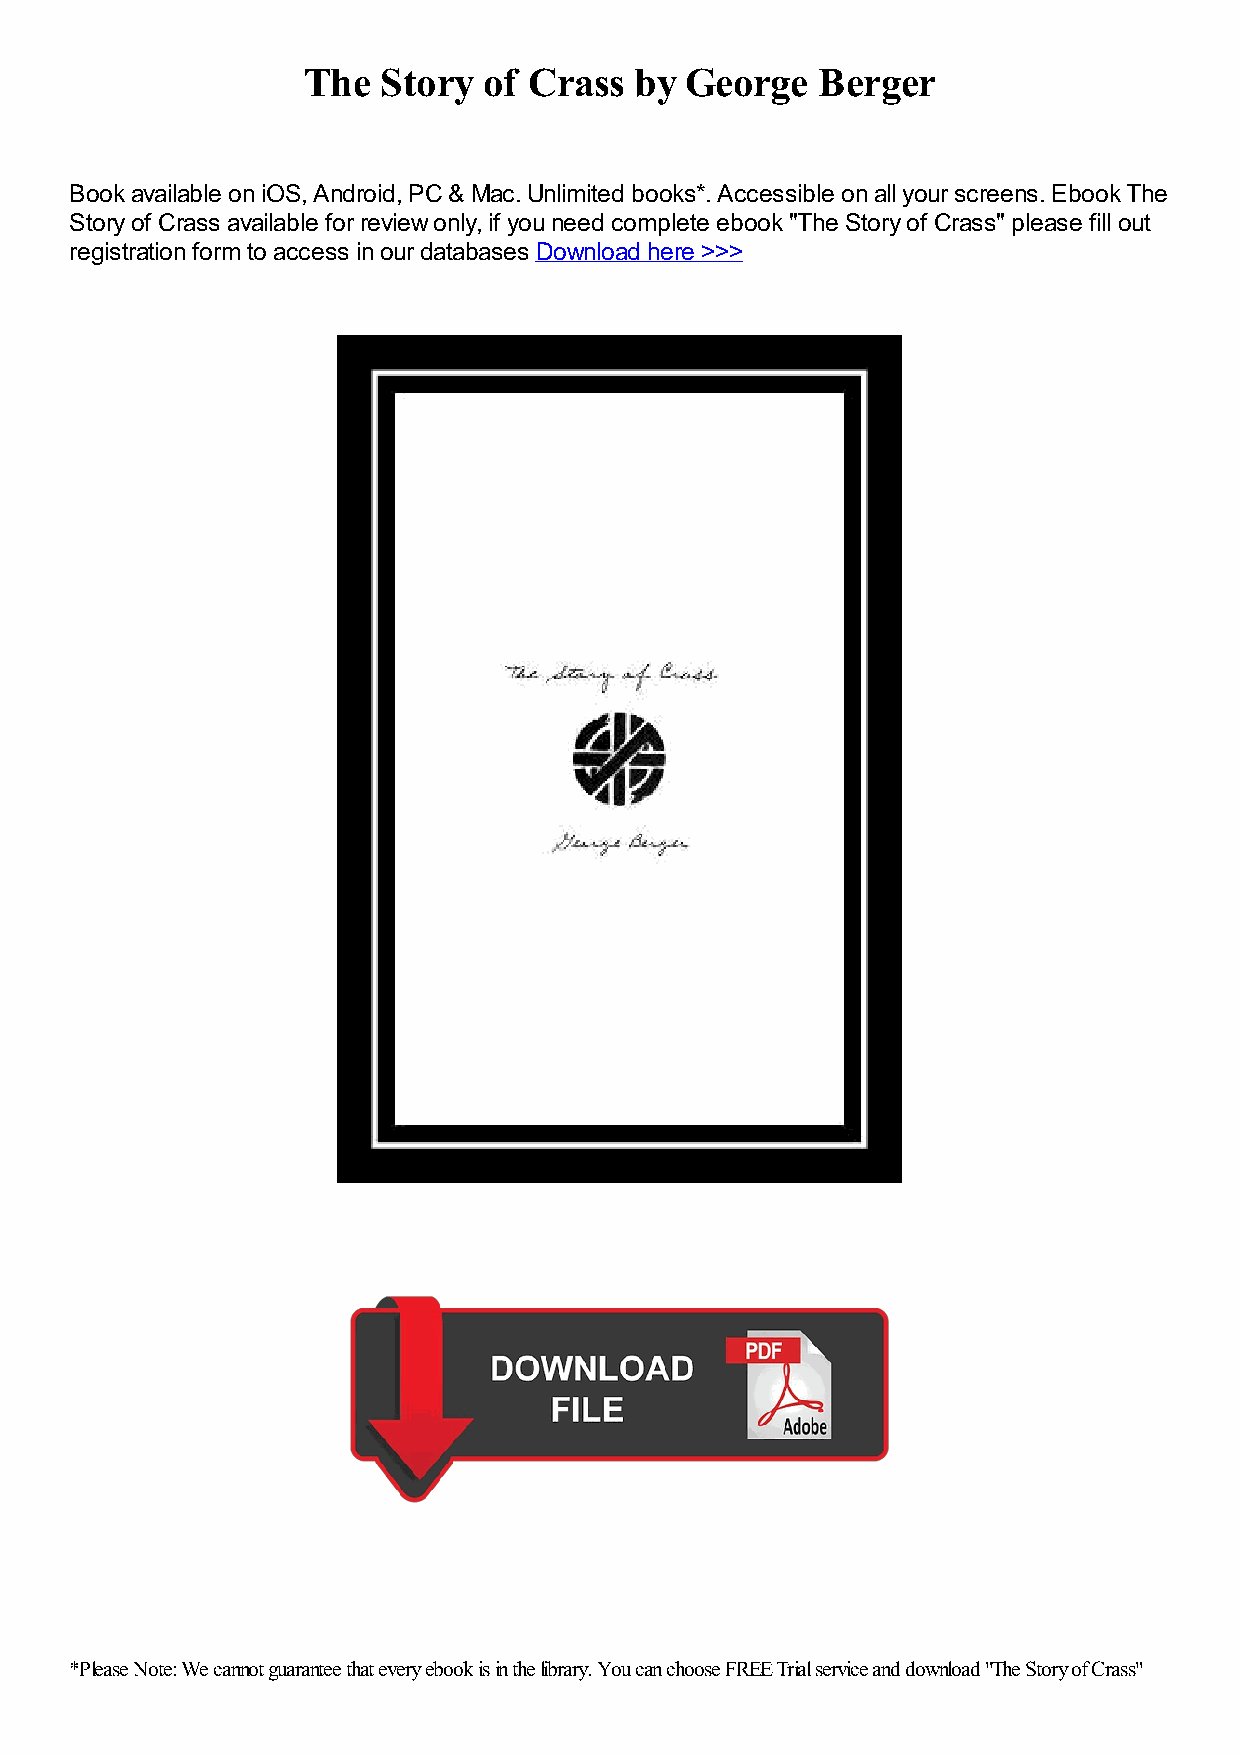
The  Story  of Crass  by George   Berger
 Book available on iOS, Android, PC & Mac. Unlimited books*. Accessible on all your screens. Ebook The
 Story of Crass available for review only, if you need complete ebook "The Story of Crass" please fill out
 registration form to access in our databases Download here >>>
 *Please Note: We cannot guarantee that every ebook is in the library. You can choose FREE Trial service and download "The Story of Crass"